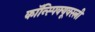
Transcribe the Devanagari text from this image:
कॉन्स्पिक्यूवस्ली